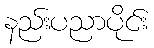
နည်းပညာပိုင်း